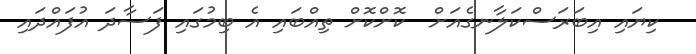
ކިޔައި އިބަރަސްކަލާނގެއަށް  ކޮށްކޮށް ތިއްބައި އެ ބިމުގައި ފަސާދަ އުފައްދައި